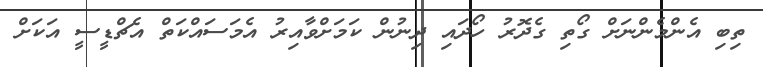
ތިބި އެންމެންނަށް ގޯތި ގެދޮރު ހޯދައި ދިނުން ކަމަށްވާއިރު އެމަސައްކަތް އެޗްޑީސީ އަކަށް